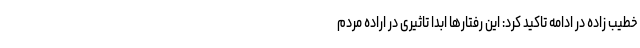
خطیب زاده در ادامه تاکید کرد: این رفتارها ابدا تاثیری در اراده مردم